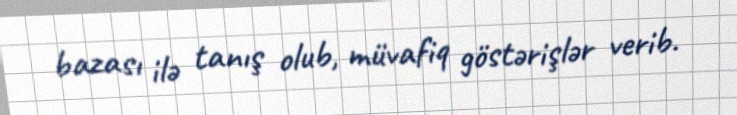
bazası ilə tanış olub, müvafiq göstərişlər verib.